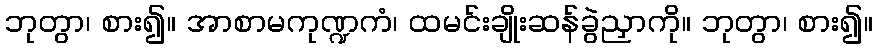
ဘုတွာ၊ စား၍။ အာစာမကုဏ္ဍကံ၊ ထမင်းချိုးဆန်ခွဲညှာကို။ ဘုတွာ၊ စား၍။